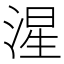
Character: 湦